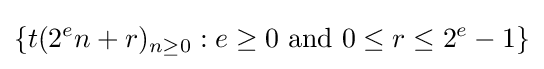
\{t(2^{e}n+r)_{n\geq 0}:e\geq 0{\text{ and }}0\leq r\leq 2^{e}-1\}